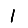
Digit: 1